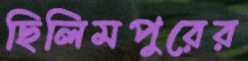
ছিলিমপুরের